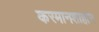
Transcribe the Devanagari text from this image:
करमानशाहान